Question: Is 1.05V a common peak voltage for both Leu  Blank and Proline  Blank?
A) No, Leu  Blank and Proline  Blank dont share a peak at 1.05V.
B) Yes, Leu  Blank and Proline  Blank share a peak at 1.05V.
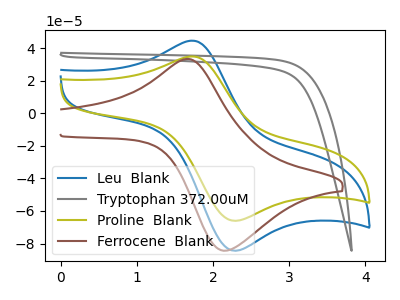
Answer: <think>The blue curve "Leu  Blank" has an anodic peak at (1.75V, 44.50uA) and a cathodic peak at (2.25V, -84.35uA). The gray curve "Tryptophan 372.00uM" has no peaks. The olive curve "Proline  Blank" has an anodic peak at (1.75V, 34.85uA) and a cathodic peak at (2.25V, -66.00uA). The brown curve "Ferrocene  Blank" has an anodic peak at (1.65V, 33.25uA) and a cathodic peak at (2.15V, -84.35uA).</think>
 <answer>A) No, "Leu  Blank" and "Proline  Blank" dont share a peak at 1.05V.</answer>
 <eval>A</eval>